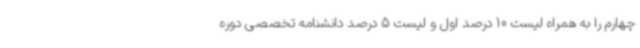
چهارم را به همراه لیست 10 درصد اول و لیست 5 درصد دانشنامه تخصصی دوره